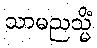
သာမညသ္မိံ